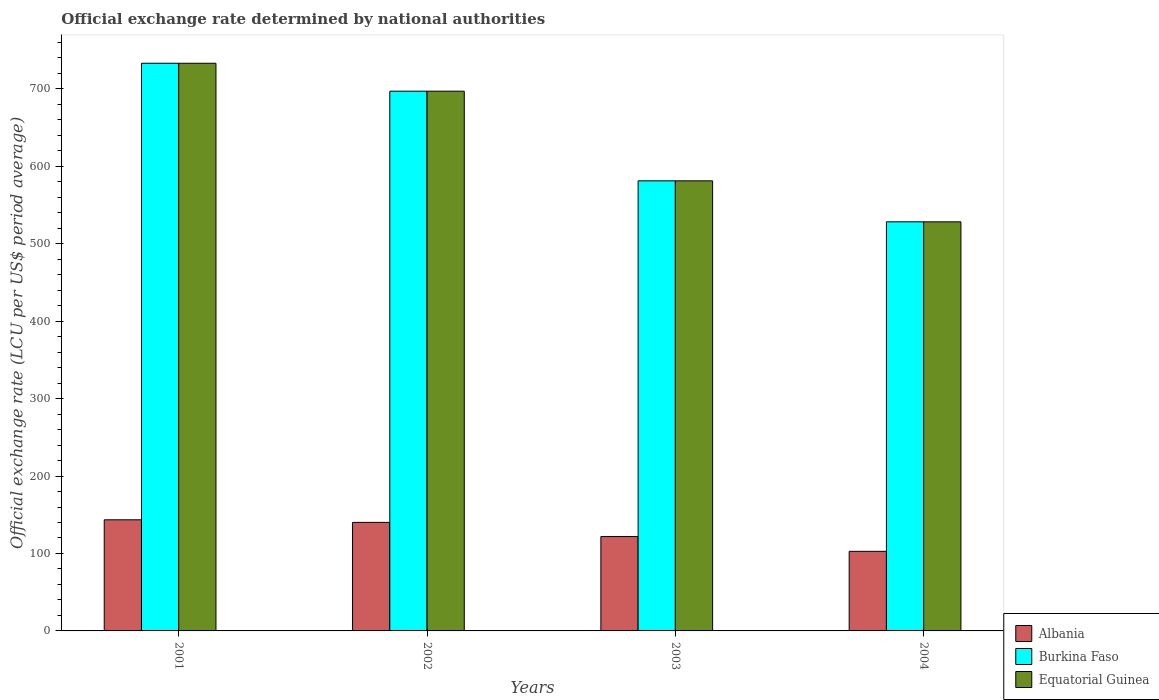
| Years | Albania | Burkina Faso | Equatorial Guinea |
 | --- | --- | --- | --- |
 | 2001 | 143 | 733 | 733 |
 | 2002 | 140 | 697 | 697 |
 | 2003 | 122 | 581 | 581 |
 | 2004 | 103 | 528 | 528 |